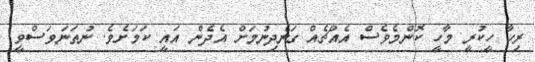
ރިހާ ހީކުރީ މާހީ ކޮންމެވެސް އެއްޗެއް ގަނެދިނުމަށް އެދެން އައީ ކަމަށެވެ. ނުތަނަވަސްވީ